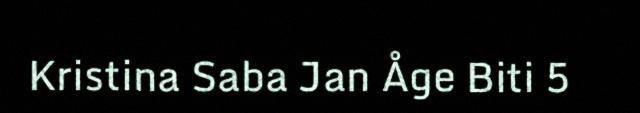
Kristina Saba Jan Åge Biti 5